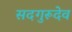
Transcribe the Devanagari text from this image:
सदगुरूदेव